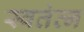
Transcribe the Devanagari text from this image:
स्वतंत्न